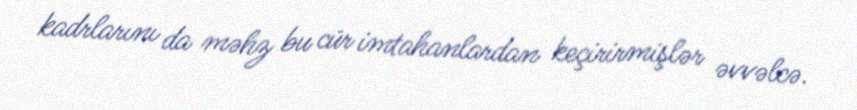
kadrlarını da məhz bu cür imtahanlardan keçirirmişlər əvvəlcə.